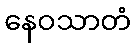
နေဝသာတံ